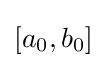
[a_{0},b_{0}]